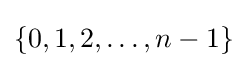
\{0,1,2,\dots ,n-1\}